Annual report of the Central Committee of the Association together with the report of the directors of the Pasteur Institute at Kasauli
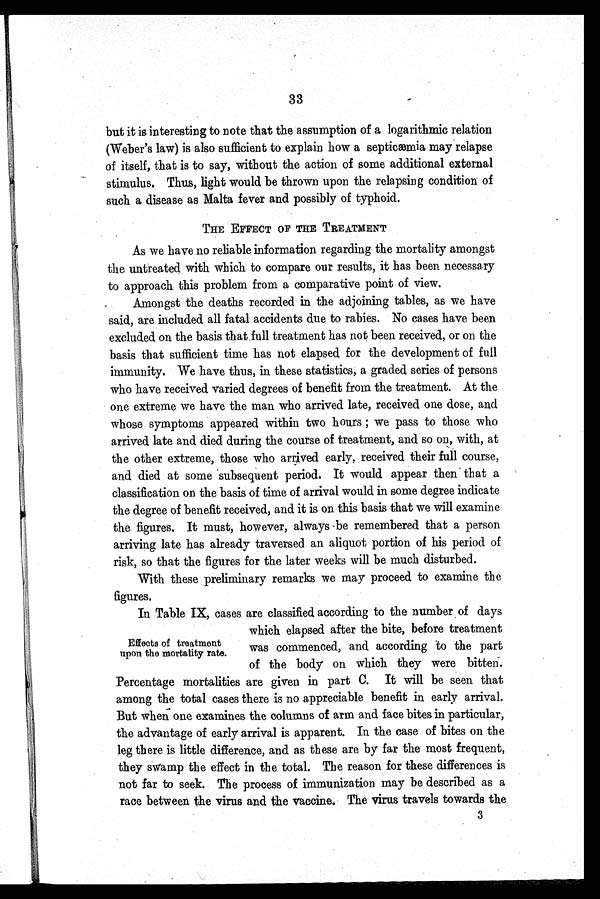
3 3
but it is interesting to note that the assumption of a logarithmic relation
(Weber's law) is also sufficient to explain how a septicæmia may relapse
of itself, that is to say, without the action of some additional external
stimulus. Thus, light would be thrown upon the relapsing condition of
such a disease as Malta fever and possibly of typhoid.
THE EFFECT OF THE TREATMENT
As we have no reliable information regarding the mortality amongst
the untreated with which to compare our results, it has been necessary
to approach this problem from a comparative point of view.
Amongst the deaths recorded in the adjoining tables, as we have
said, are included all fatal accidents due to rabies. No cases have been
excluded on the basis that full treatment has not been received, or on the
basis that sufficient time has not elapsed for the development of full
immunity. We have thus, in these statistics, a graded series of persons
who have received varied degrees of benefit from the treatment. At the
one extreme we have the man who arrived late, received one dose, and
whose symptoms appeared within two hours ; we pass to those who
arrived late and died during the course of treatment, and so on, with, at
the other extreme, those who arrived early, received their full course,
and died at some subsequent period. It would appear then that a
classification on the basis of time of arrival would in some degree indicate
the degree of benefit received, and it is on this basis that we will examine
the figures. It must, however, always be remembered that a person
arriving late has already traversed an aliquot portion of his period of
risk, so that the figures for the later weeks will be much disturbed.
With these preliminary remarks we may proceed to examine the
figures.
In Table IX, cases are classified according to the number of days
which elapsed after the bite, before treatment
was commenced, and according to the part
of the body on which they were bitten.
Percentage mortalities are given in part C. It will be seen that
among the total cases there is no appreciable benefit in early arrival.
But when one examines the columns of arm and face bites in particular,
the advantage of early arrival is apparent. In the case of bites on the
leg there is little difference, and as these are by far the most frequent,
they swamp the effect in the total. The reason for these differences is
not far to seek. The process of immunization may be described as a
race between the virus and the vaccine. The virus travels towards the
3
Effects of treatment
upon the mortality rate.